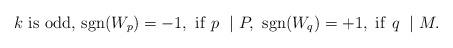
LaTeX: \begin{align*}k \ \mathrm{is} \ \mathrm{odd,} \ \mathrm{sgn}(W_p) = -1, \ \mathrm{if} \ p \ \mid P, \ \mathrm{ sgn}(W_q) = +1, \ \mathrm{if} \ q \ \mid M.\end{align*}